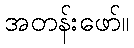
အတန်းဖော်။